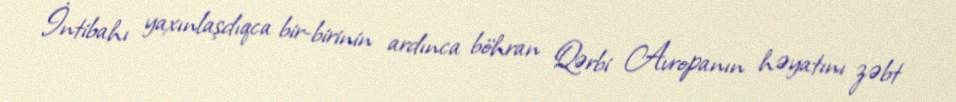
İntibahı yaxınlaşdıqca bir-birinin ardınca böhran Qərbi Avropanın həyatını zəbt